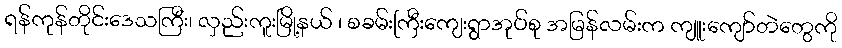
ရန်ကုန်တိုင်းဒေသကြီး၊ လှည်းကူးမြို့နယ် ၊ စခမ်းကြီးကျေးရွာအုပ်စု အမြန်လမ်းက ကျူးကျော်တဲတွေကို